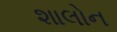
શાલોન